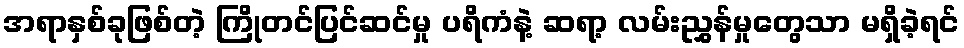
အရာနှစ်ခုဖြစ်တဲ့ ကြိုတင်ပြင်ဆင်မှု ပရိကံနဲ့ ဆရာ့ လမ်းညွှန်မှုတွေသာ မရှိခဲ့ရင်